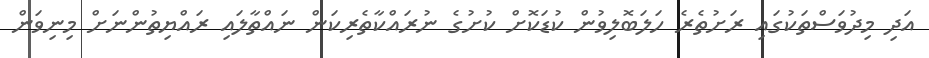
އަދި މިދުވަސްތަކުގައި ރަށުތެރެ ހަލަބޮލިވުން ކުޑަކޮށް ކުށުގެ ނުރައްކާތެރިކަން ނައްތާލައި ރައްޔިތުންނަށް މިނިވަން